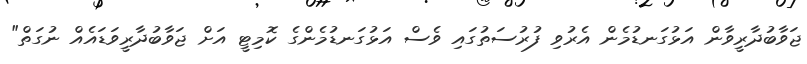
ޖަވާބުދާރީވާން އަޅުގަނޑުމެން އެރުވި ފުރުސަތުގައި ވެސް އަޅުގަނޑުމެންގެ ކޮމިޓީ އަށް ޖަވާބުދާރީވަޑައެއް ނުގަތް"